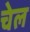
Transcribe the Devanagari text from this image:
चेल